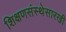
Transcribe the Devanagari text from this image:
शिक्षणसंस्थेसारखी